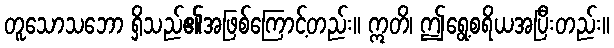
တူသောသဘော ရှိသည်၏အဖြစ်ကြောင့်တည်း။ ဣတိ၊ ဤရွေ့စရိယအပြီးတည်း။